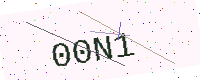
Text: 00N1